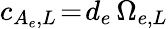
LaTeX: c_{A_{e},L}\! =\! d_{e}\, \Omega_{e,L}